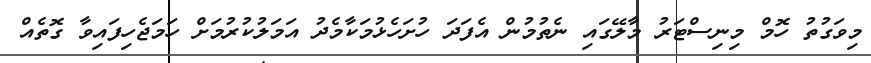
މިވަގުތު ހޮމް މިނިސްޓަރު މާލޭގައި ނެތުމުން އެފަދަ ހުށަހެޅުމަކާމެދު އަމަލުކުރުމަށް ހަމަޖެހިފައިވާ ގޮތެއް